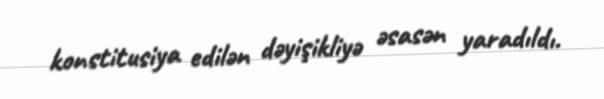
konstitusiya edilən dəyişikliyə əsasən yaradıldı.